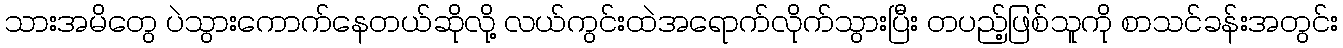
သားအမိတွေ ပဲသွားကောက်နေတယ်ဆိုလို့ လယ်ကွင်းထဲအရောက်လိုက်သွားပြီး တပည့်ဖြစ်သူကို စာသင်ခန်းအတွင်း